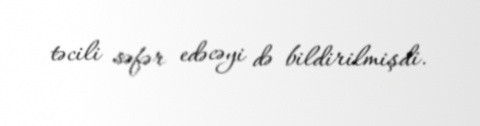
təcili səfər edəcəyi də bildirilmişdi.